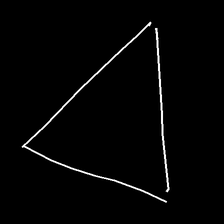
Glyph: convergence